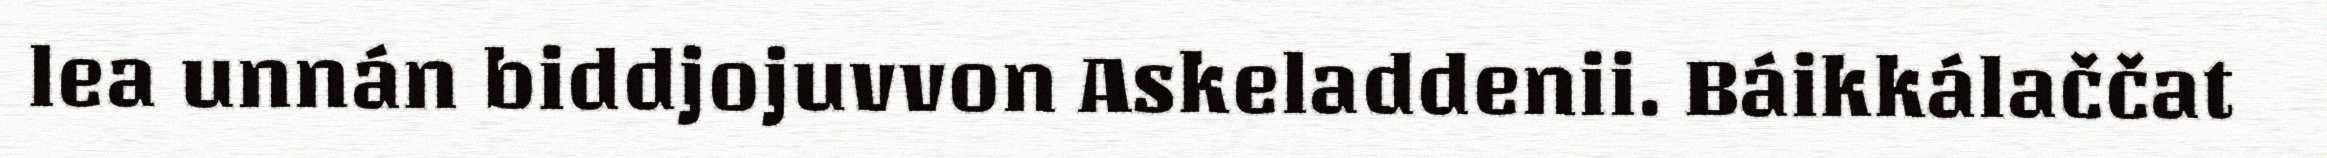
lea unnán biddjojuvvon Askeladdenii. Báikkálaččat